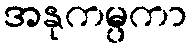
အနုကမ္ပကာ